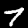
Label: 7